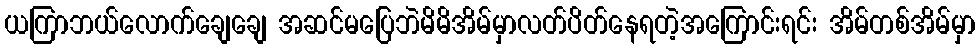
ယကြာဘယ်လောက်ချေချေ အဆင်မပြေဘဲမိမိအိမ်မှာလတ်ပိတ်နေရတဲ့အကြောင်းရင်း အိမ်တစ်အိမ်မှာ